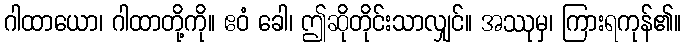
ဂါထာယော၊ ဂါထာတို့ကို။ ဧဝံ ခေါ၊ ဤဆိုတိုင်းသာလျှင်။ အဿုမှ၊ ကြားရကုန်၏။